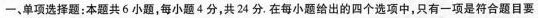
一、单项选择题：本题共6小题，每小题4分，共24分。在每小题给出的四个选项中，只有一项是符合题目要